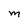
Character: m